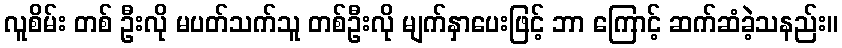
လူစိမ်း တစ် ဦးလို မပတ်သက်သူ တစ်ဦးလို မျက်နှာပေးဖြင့် ဘာ ကြောင့် ဆက်ဆံခဲ့သနည်း။